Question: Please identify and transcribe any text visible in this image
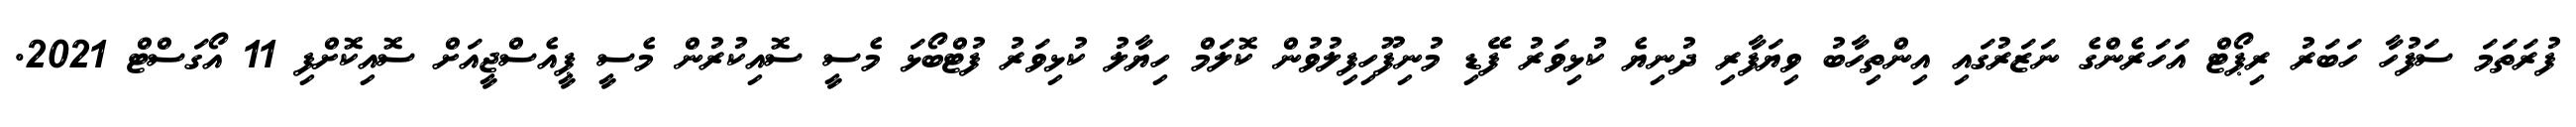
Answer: ފުރަތަމަ ސަފުހާ ހަބަރު ރިޕޯޓް އަހަރެންގެ ނަޒަރުގައި އިންތިހާބު ވިޔަފާރި ދުނިޔެ ކުޅިވަރު ފޭޑި މުނިފޫހިފިލުވުން ކޮލަމް ހިޔާލު ކުޅިވަރު ފުޓްބޯޅަ މެސީ ސޮއިކުރުން މެސީ ޕީއެސްޖީއަށް ސޮއިކޮށްފި 11 އޯގަސްޓް 2021.